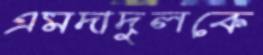
এমদাদুলকে